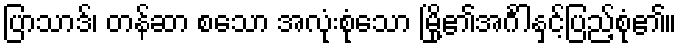
ပြာသာဒ်၊ တန်ဆာ စသော အလုံးစုံသော မြို့၏အင်္ဂါနှင့်ပြည့်စုံ၏။